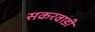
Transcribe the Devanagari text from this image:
सकरवाडी